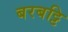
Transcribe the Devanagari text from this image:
बरबट्टि